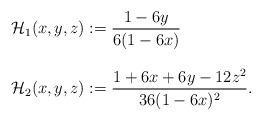
LaTeX: \begin{align*}\begin{array}{l}\mathcal{H}_1(x,y,z):=\displaystyle{\frac{1-6y}{6 (1 - 6x)}}\\\\\mathcal{H}_2(x,y,z):=\displaystyle{\frac{1+6x+6y-12z^2}{36 (1 - 6x)^2}}.\end{array}\end{align*}